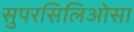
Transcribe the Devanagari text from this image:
सुपरसिलिओसा